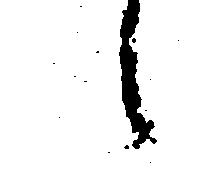
候